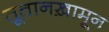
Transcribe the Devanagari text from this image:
तूतानख़ामून